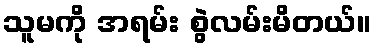
သူမကို အရမ်း စွဲလမ်းမိတယ်။